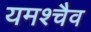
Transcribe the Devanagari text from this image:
यमश्चैव